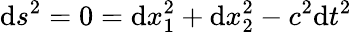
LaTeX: \mathrm{d}s^{2}=0=\mathrm{d}x_{1}^{2}+\mathrm{d}x_{2}^{2}-c^{2}\mathrm{d}t^{2}